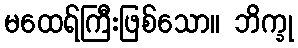
မထေရ်ကြီးဖြစ်သော။ ဘိက္ခု